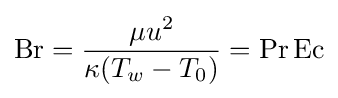
\mathrm {Br} ={\frac {\mu u^{2}}{\kappa (T_{w}-T_{0})}}=\mathrm {Pr} \,\mathrm {Ec}